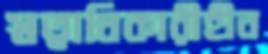
স্বত্বাধিকারীহীন